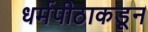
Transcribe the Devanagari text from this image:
धर्मपीठाकडून